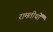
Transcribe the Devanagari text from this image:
रामतीर्थों